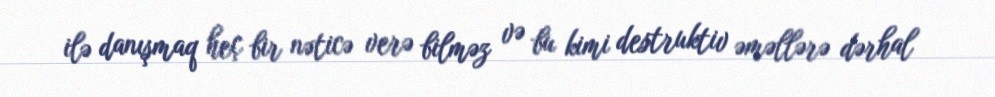
ilə danışmaq heç bir nəticə verə bilməz və bu kimi destruktiv əməllərə dərhal